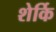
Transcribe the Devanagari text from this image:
शेर्कि